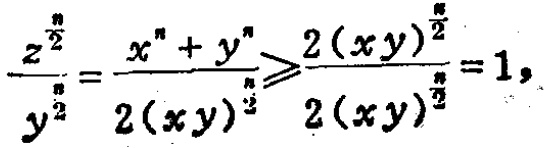
\(\frac{z^{\frac{n}{2}}}{y^{\frac{n}{2}}}=\frac{x^{n}+y^{n}}{2(xy)^{\frac{n}{2}}}\geqslant\frac{2(xy)^{\frac{n}{2}}}{2(xy)^{\frac{n}{2}}}=1,\)